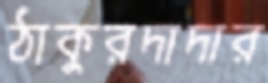
ঠাকুরদাদার